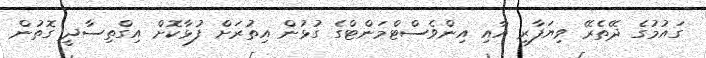
ގައުމުގެ ދޭތެރޭ ވިޔަފާރި އާއި އިންވެސްޓްމަންޓްގެ ގުޅުން އިިތުރަށް ފުޅާކޮށް އިގްތިސާދީ ގޮތުން